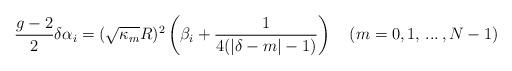
LaTeX: \begin{align*}{g-2\over 2}\delta\alpha_i=(\sqrt{\kappa_m}R)^2\left(\beta_i+{1\over4(|\delta-m|-1)}\right)\quad (m=0,1,\,...\,,N-1) \,\end{align*}